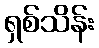
ရှစ်သိန်း